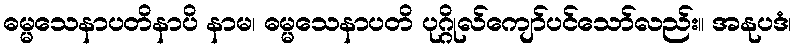
ဓမ္မသေနာပတိနာပိ နာမ၊ ဓမ္မသေနာပတိ ပုဂ္ဂိုလ်ကျော်ပင်သော်လည်း။ အနုပဒံ၊